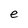
Character: e